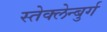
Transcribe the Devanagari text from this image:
स्तेक्लेन्बुर्ग